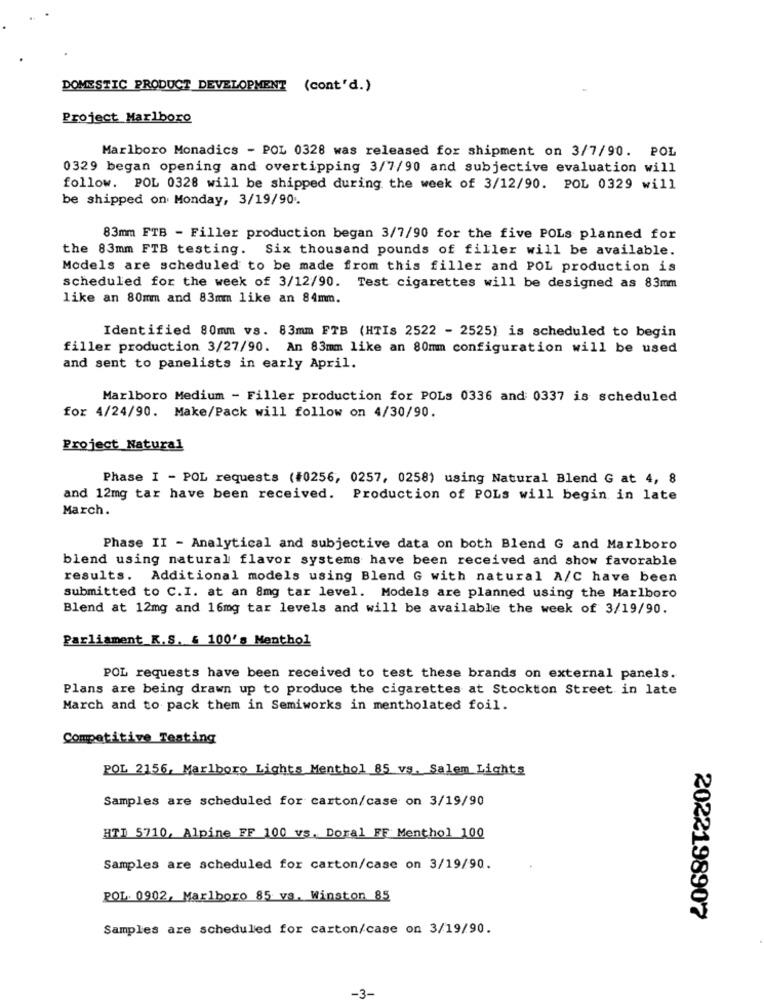
DOMESTIC PRODUCT DEVELOPMENT (cont'd.)
Project Marlboro
Marlboro Monadics - POL 0328 was released for shipment on 3/7/90. POL
0329 began opening and overtipping 3/7/90 and subjective evaluation will
follow. POL 0328 will be shipped during the week of 3/12/90. POL 0329 will
be shipped on Monday, 3/19/90.
83mm FTB - Filler production began 3/7/90 for the five POLs planned for
the 83mm FTB testing. Six thousand pounds of filler will be available.
Models are scheduled to be made from this filler and POL production is
scheduled for the week of 3/12/90. Test cigarettes will be designed as 83mm
like an 80mm and 83mm like an 84mm.
Identified 80mm vs. 83mm FTB (HTIs 2522 - 2525) is scheduled to begin
filler production 3/27/90. An 83mm like an 80mm configuration will be used
and sent to panelists in early April.
Marlboro Medium - Filler production for POLs 0336 and 0337 is scheduled
for 4/24/90. Make/Pack will follow on 4/30/90.
Project_Natural
Phase I - POL requests (#0256, 0257, 0258) using Natural Blend G at 4, 8
and 12mg tar have been received.
Production of POLS will begin in late
March.
Phase II - Analytical and subjective data on both Blend G and Marlboro
blend using natural flavor systems have been received and show favorable
results. Additional models using Blend G with natural A/C have been
submitted to C.I. at an 8mg tar level. Models are planned using the Marlboro
Blend at 12mg and 16mg tar levels and will be available the week of 3/19/90.
Parliament K.S. & 100's Menthol
POL requests have been received to test these brands on external panels.
Plans are being drawn up to produce the cigarettes at Stockton Street in late
March and to pack them in Semiworks in mentholated foil.
Competitive Testing
POL 2156, Marlboro Lights Menthol 85 vs. Salem Lights
Samples are scheduled for carton/case on 3/19/90
HTI 5710, Alpine FF 100 vs. Doral FF Menthol 100
Samples are scheduled for carton/case on 3/19/90.
POL. 0902, Marlboro 85 vs. Winston 85
2022198907
Samples are scheduled for carton/case on 3/19/90.
3-